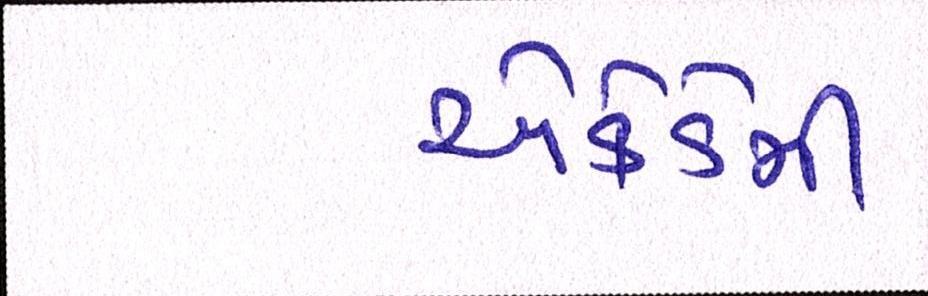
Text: એકેડેમી